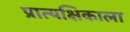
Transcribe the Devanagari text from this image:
प्रात्यक्षिकाला